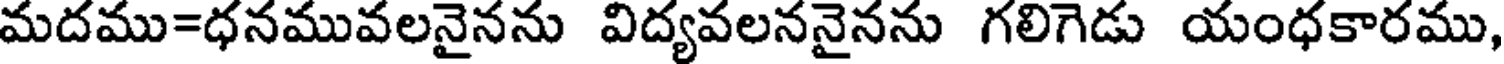
మదము=ధనమువలనైనను విద్యవలననైనను గలిగెడు యంధకారము,